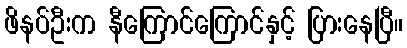
ဖိနပ်ဦးက နီကြောင်ကြောင်နှင့် ပြားနေပြီ။